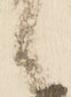
候